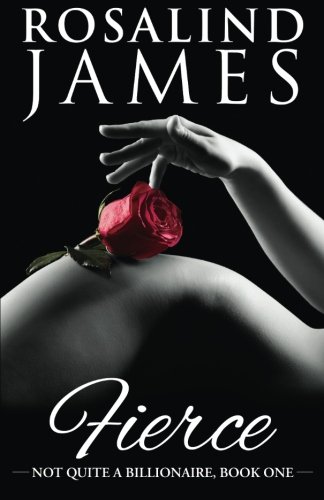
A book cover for Fierce (Not Quite a Billionaire); Rosalind James; Romance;